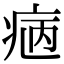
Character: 𤵿